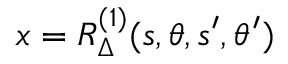
x = R _ { \Delta } ^ { ( 1 ) } ( s , \theta , s ^ { \prime } , \theta ^ { \prime } )